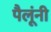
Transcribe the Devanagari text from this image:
पैलूंनी